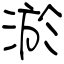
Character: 淤